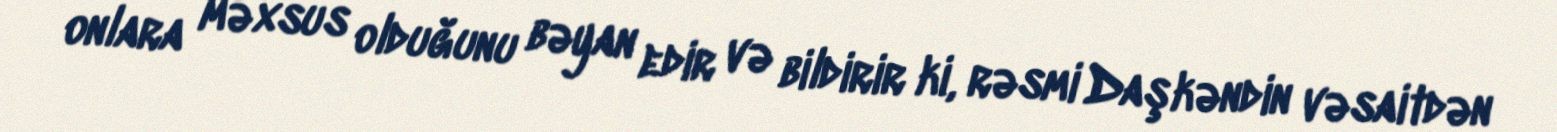
onlara məxsus olduğunu bəyan edir və bildirir ki, rəsmi Daşkəndin vəsaitdən